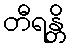
တီရန္တိ